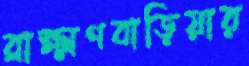
ব্রাক্ষ্মণবাড়িয়ার